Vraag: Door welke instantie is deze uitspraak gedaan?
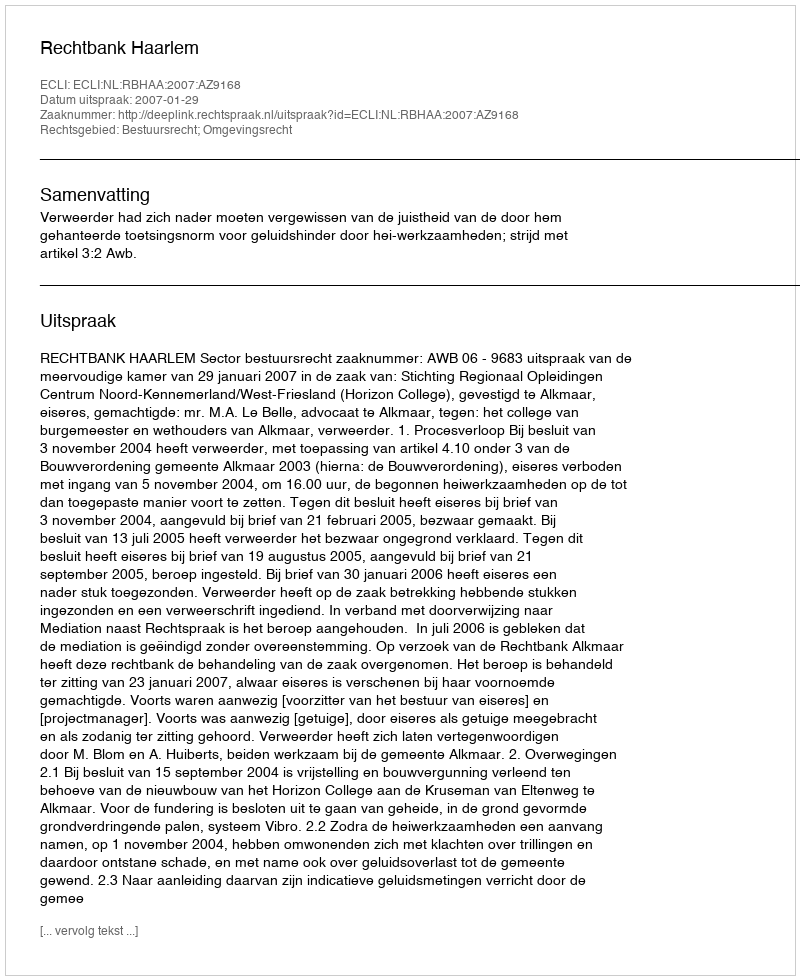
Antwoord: Rechtbank Haarlem